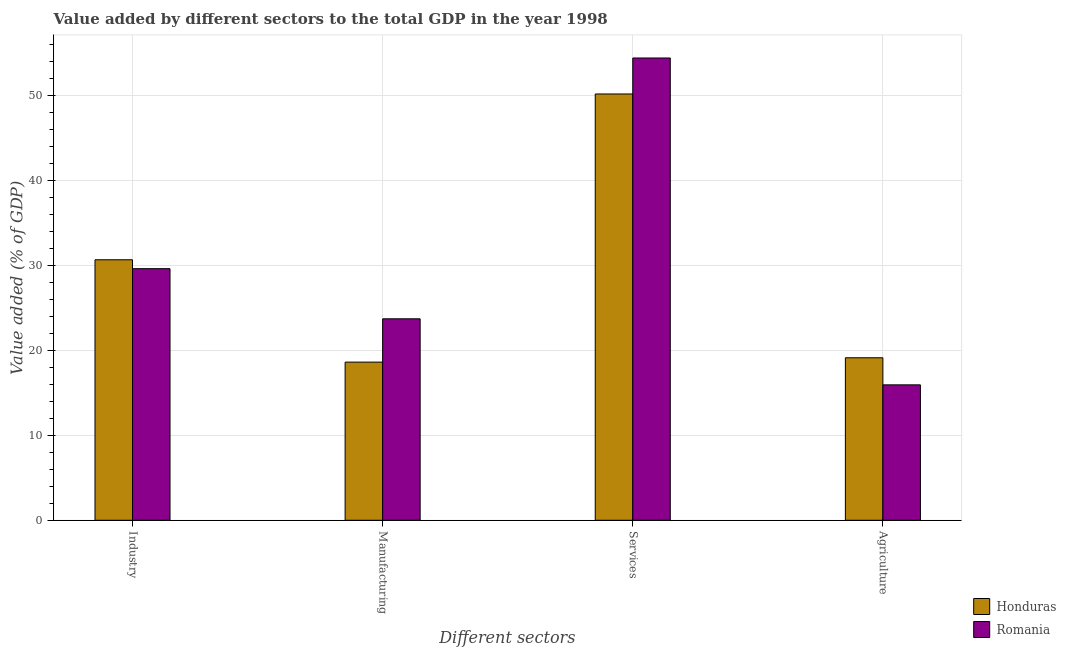
| Different sectors | Honduras | Romania |
 | --- | --- | --- |
 | Industry | 30.7 | 29.6 |
 | Manufacturing | 18.6 | 23.7 |
 | Services | 50.2 | 54.4 |
 | Agriculture | 19.1 | 15.9 |